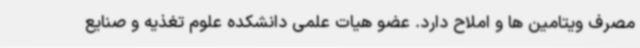
مصرف ویتامین ها و املاح دارد. عضو هیات علمی دانشکده علوم تغذیه و صنایع